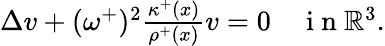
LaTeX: \begin{array}{rl}{\Delta v+(\omega^{+})^{2}\frac{\kappa^{+}(x)}{\rho^{+}(x)}v=0}&{{}\mathrm{~i~n~}\mathbb{R}^{3}.}\end{array}